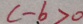
c - b > 0